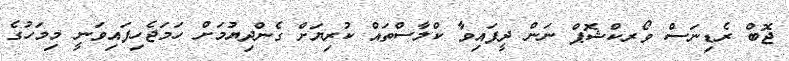
ޖޮބް ރެޑިނަސް ވޯރކްޝޮޕް ނަން ދީފައިވާ ކްލާސްތައް ކުރިޔަށް ގެންދިޔުމަށް ހަމަޖެހިފައިވަނީ މިމަހުގެ